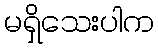
မရှိသေးပါက